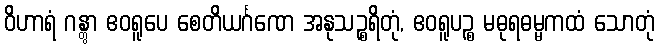
ဝိဟာရံ ဂန္တွာ ဧဝရူပေ စေတိယင်္ဂဏေ အနုသဉ္စရိတုံ, ဧဝရူပဉ္စ မဓုရဓမ္မကထံ သောတုံ